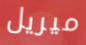
ميريل